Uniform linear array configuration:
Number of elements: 12
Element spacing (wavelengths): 0.75
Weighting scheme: binomial
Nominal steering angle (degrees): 0
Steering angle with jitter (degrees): -0.3145
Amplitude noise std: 0.05
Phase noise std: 0.05

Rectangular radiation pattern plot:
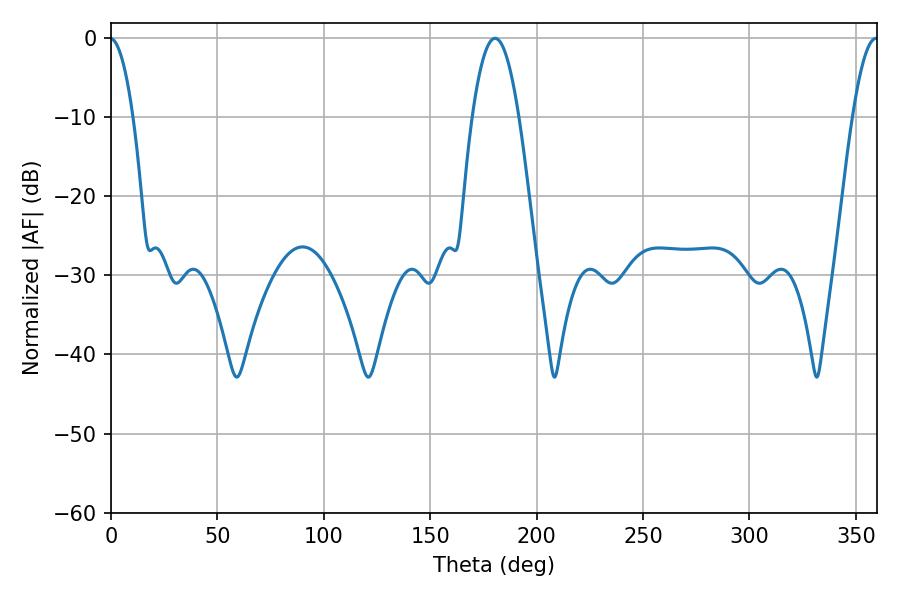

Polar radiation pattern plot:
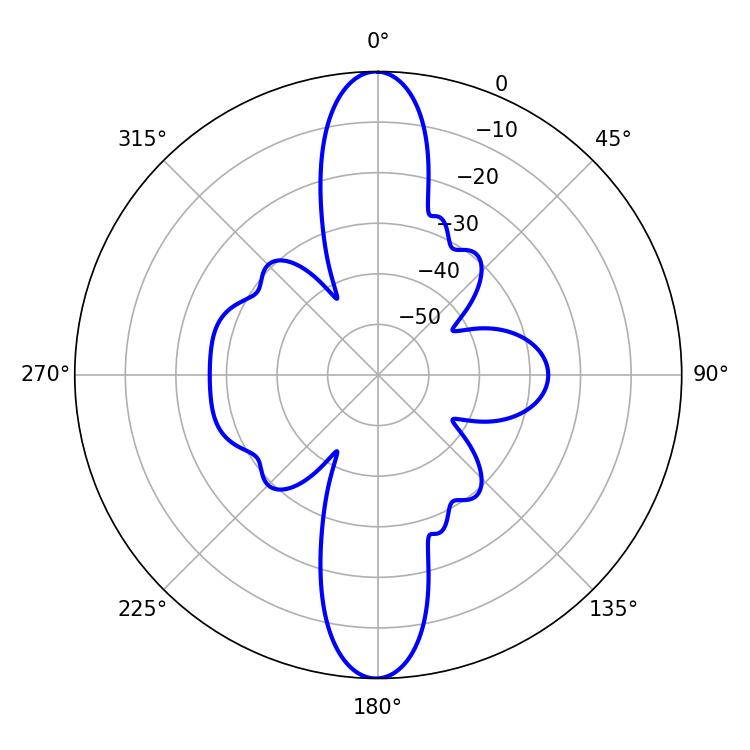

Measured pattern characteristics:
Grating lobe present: TRUE
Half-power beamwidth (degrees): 11.88
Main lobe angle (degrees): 180.54